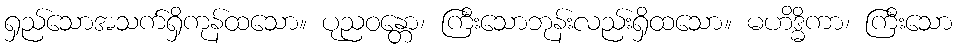
ရှည်သောအသက်ရှိကုန်ထသော။ ပုညဝန္တော၊ ကြီးသောဘုန်းလည်းရှိထသော။ မဟိဒ္ဓိကာ၊ ကြီးသော